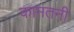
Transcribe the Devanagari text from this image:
कामतनी